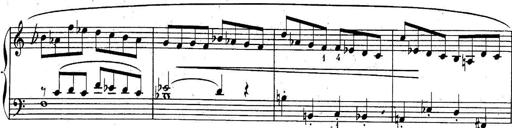
Title: Sonatina for Piano
Composer: BÃ©la BartÃ³k